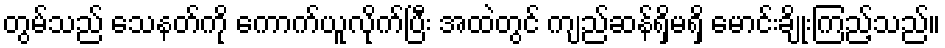
တွမ်သည် သေနတ်ကို ကောက်ယူလိုက်ပြီး အထဲတွင် ကျည်ဆန်ရှိမရှိ မောင်းချိုးကြည့်သည်။